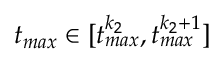
t _ { m a x } \in [ t _ { m a x } ^ { k _ { 2 } } , t _ { m a x } ^ { k _ { 2 } + 1 } ]